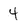
Character: 4